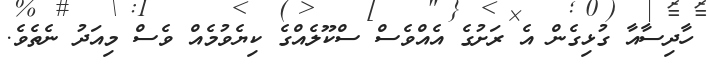
ހާދިސާއާ ގުޅިގެން އެ ރަށުގެ އެއްވެސް ސްކޫލެއްގެ ކިޔެވުމެއް ވެސް މިއަދު ނެތެވެ.